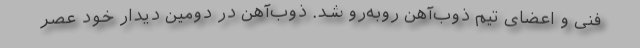
فنی و اعضای تیم ذوب‌آهن روبه‌رو شد. ذوب‌آهن در دومین دیدار خود عصر